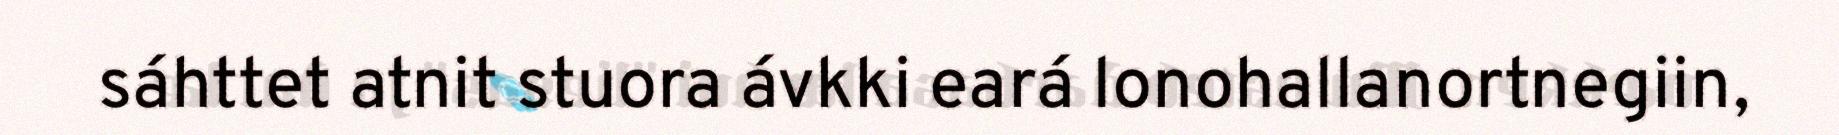
sáhttet atnit stuora ávkki eará lonohallanortnegiin,